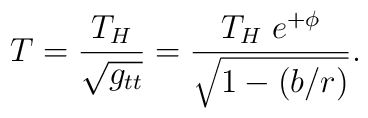
T = {T_H\over\sqrt{g_{tt}}} = {T_H \; e^{+\phi} \over\sqrt{1-(b/r)}}.